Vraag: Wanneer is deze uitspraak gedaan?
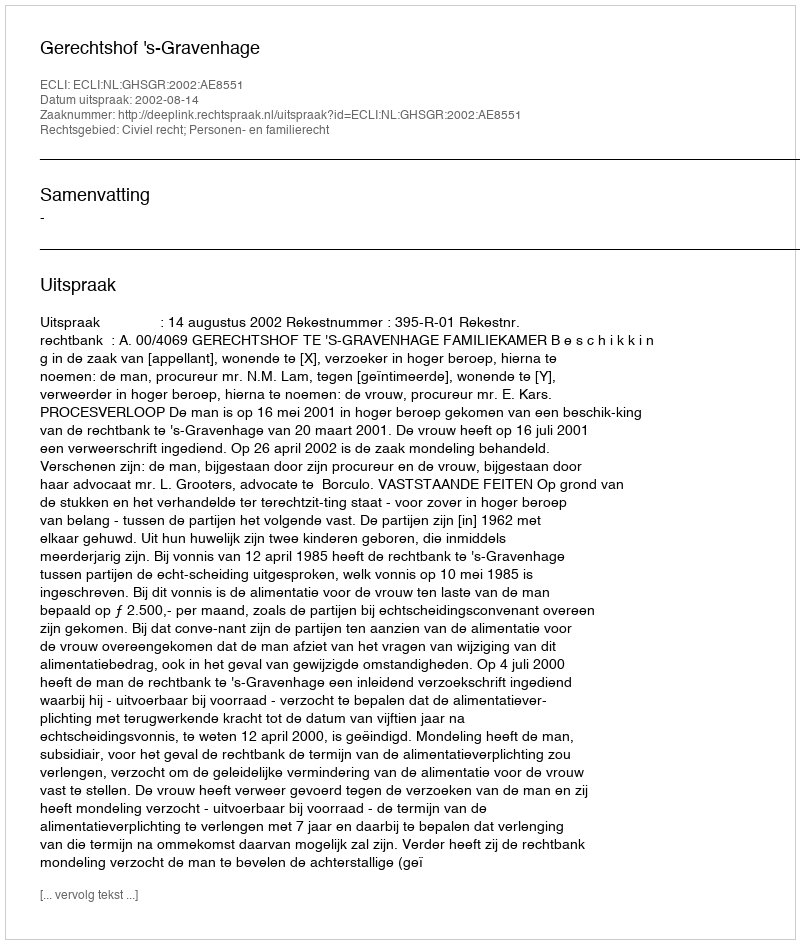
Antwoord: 2002-08-14